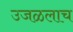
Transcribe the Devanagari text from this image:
उजळलाच